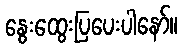
နွေးထွေးပြပေးပါနော်။